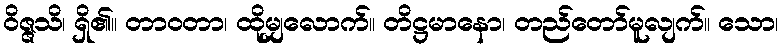
ဝိဇ္ဇသိ၊ ရှိ၏။ တာဝတာ၊ ထိုမျှလောက်။ တိဋ္ဌမာနော၊ တည်တော်မူလျက်။ သော၊